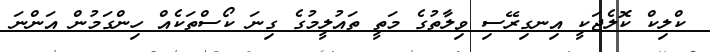
ކްލިކް ކޮލެޖަކީ އިނގިރޭސި ވިލާތުގެ މަތީ ތައުލީމުގެ ގިނަ ކޯސްތަކެއް ހިންގަމުން އަންނަ